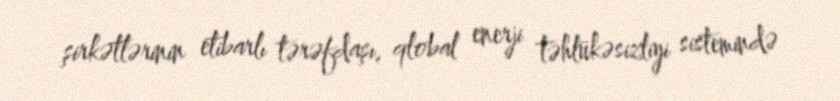
şirkətlərinin etibarlı tərəfdaşı, qlobal enerji təhlükəsizliyi sistemində